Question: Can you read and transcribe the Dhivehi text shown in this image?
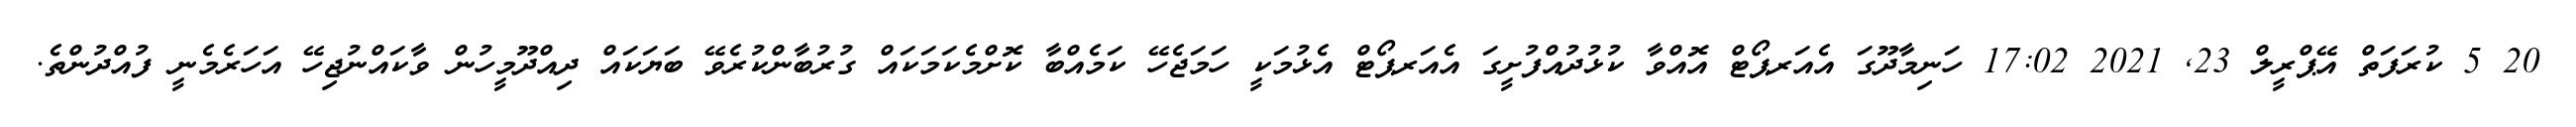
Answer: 20 5 ކުރަފަތް އޭޕްރީލް 23, 2021 17:02 ހަނިމާދޫގަ އެއަރޕޯޓް އޮއްވާ ކުޅުދުއްފުށީގަ އެއަރޕޯޓް އެޅުމަކީ ހަމަޖެހޭ ކަމެއްބާ ކޮށްމެކަމަކައް ގުރުބާންކުރެވޭ ބަޔަކައް ދިއްދޫމީހުން ވާކައްނުޖިހޭ އަހަރެމެނީ ފުއްދުންތެ.